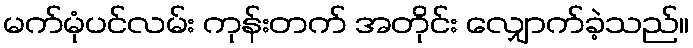
မက်မုံပင်လမ်း ကုန်းတက် အတိုင်း လျှောက်ခဲ့သည်။